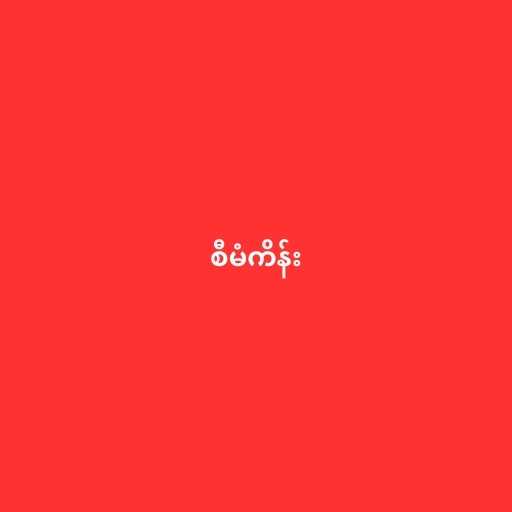
စီမံကိန်း